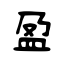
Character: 盈